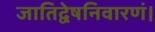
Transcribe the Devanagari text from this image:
जातिद्वेषनिवारणं।